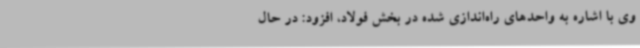
وی با اشاره به واحدهای راه‌اندازی‌ شده در بخش فولاد، افزود: در حال